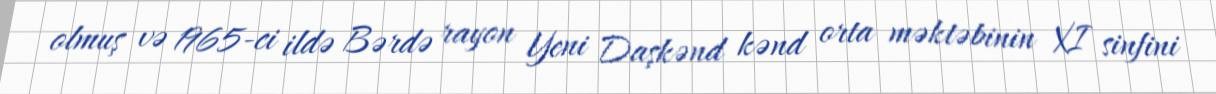
olmuş və 1965-ci ildə Bərdə rayon Yeni Daşkənd kənd orta məktəbinin XI sinfini